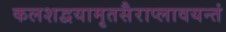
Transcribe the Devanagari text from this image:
कलशद्वयामृतसैराप्लावयन्तं